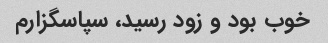
خوب بود و زود رسید، سپاسگزارم